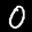
Label: 0